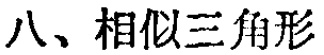
八、相似三角形